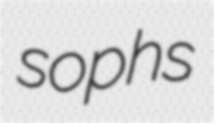
sophs